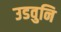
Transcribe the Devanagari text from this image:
उडवुनि